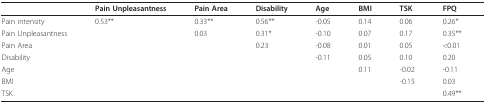
<table><thead><tr><td></td><td><b>Pain Unpleasantness</b></td><td><b>Pain Area</b></td><td><b>Disability</b></td><td><b>Age</b></td><td><b>BMI</b></td><td><b>TSK</b></td><td><b>FPQ</b></td></tr></thead><tbody><tr><td>Pain intensity</td><td>0.53**</td><td>0.33**</td><td>0.56**</td><td>-0.05</td><td>0.14</td><td>0.06</td><td>0.26*</td></tr><tr><td>Pain Unpleasantness</td><td></td><td>0.03</td><td>0.31*</td><td>-0.10</td><td>0.07</td><td>0.17</td><td>0.35**</td></tr><tr><td>Pain Area</td><td></td><td></td><td>0.23</td><td>-0.08</td><td>0.01</td><td>0.05</td><td>&lt;0.01</td></tr><tr><td>Disability</td><td></td><td></td><td></td><td>-0.11</td><td>0.05</td><td>0.10</td><td>0.20</td></tr><tr><td>Age</td><td></td><td></td><td></td><td></td><td>0.11</td><td>-0.02</td><td>-0.11</td></tr><tr><td>BMI</td><td></td><td></td><td></td><td></td><td></td><td>-0.15</td><td>0.03</td></tr><tr><td>TSK</td><td></td><td></td><td></td><td></td><td></td><td></td><td>0.49**</td></tr></tbody></table>